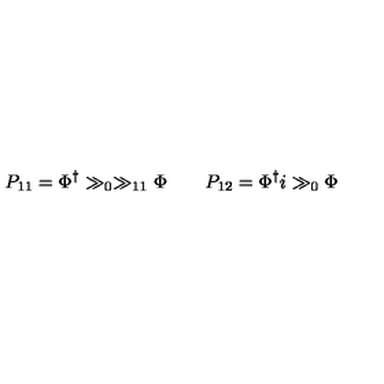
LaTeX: P _ { 1 1 } = \Phi ^ { \dagger } \gg _ { 0 } \gg _ { 1 1 } \Phi \qquad P _ { 1 2 } = \Phi ^ { \dagger } i \gg _ { 0 } \Phi